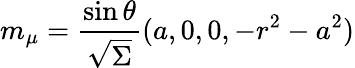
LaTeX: m_{\mu}=\frac{\sin\theta}{\sqrt{\Sigma}}(a,0,0,-r^{2}-a^{2})